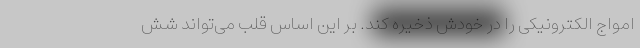
امواج الکترونیکی را در خودش ذخیره کند. بر این اساس قلب می‌تواند شش